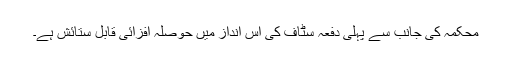
محکمہ کی جانب سے پہلی دفعہ سٹاف کی اس انداز میں حوصلہ افزائی قابلِ ستائش ہے۔